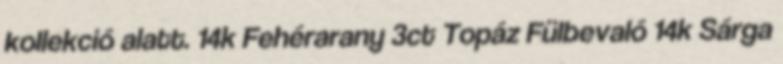
kollekció alatt. 14k Fehérarany 3ct Topáz Fülbevaló 14k Sárga